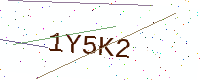
Text: 1Y5K2